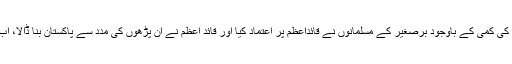
میں نے بڑے احترام کے ساتھ انور مقصود صاحب سے اختلاف کیا اور کہا تعلیم کی کمی کے باوجود برصغیر کے مسلمانوں نے قائداعظمؒ پر اعتماد کیا اور قائد اعظمؒ نے ان پڑھوں کی مدد سے پاکستان بنا ڈالا، اب اس پاکستان میں قائد اعظم کی بات چلے گی کسی ڈکٹیٹر کی بات نہیں چلے گی۔